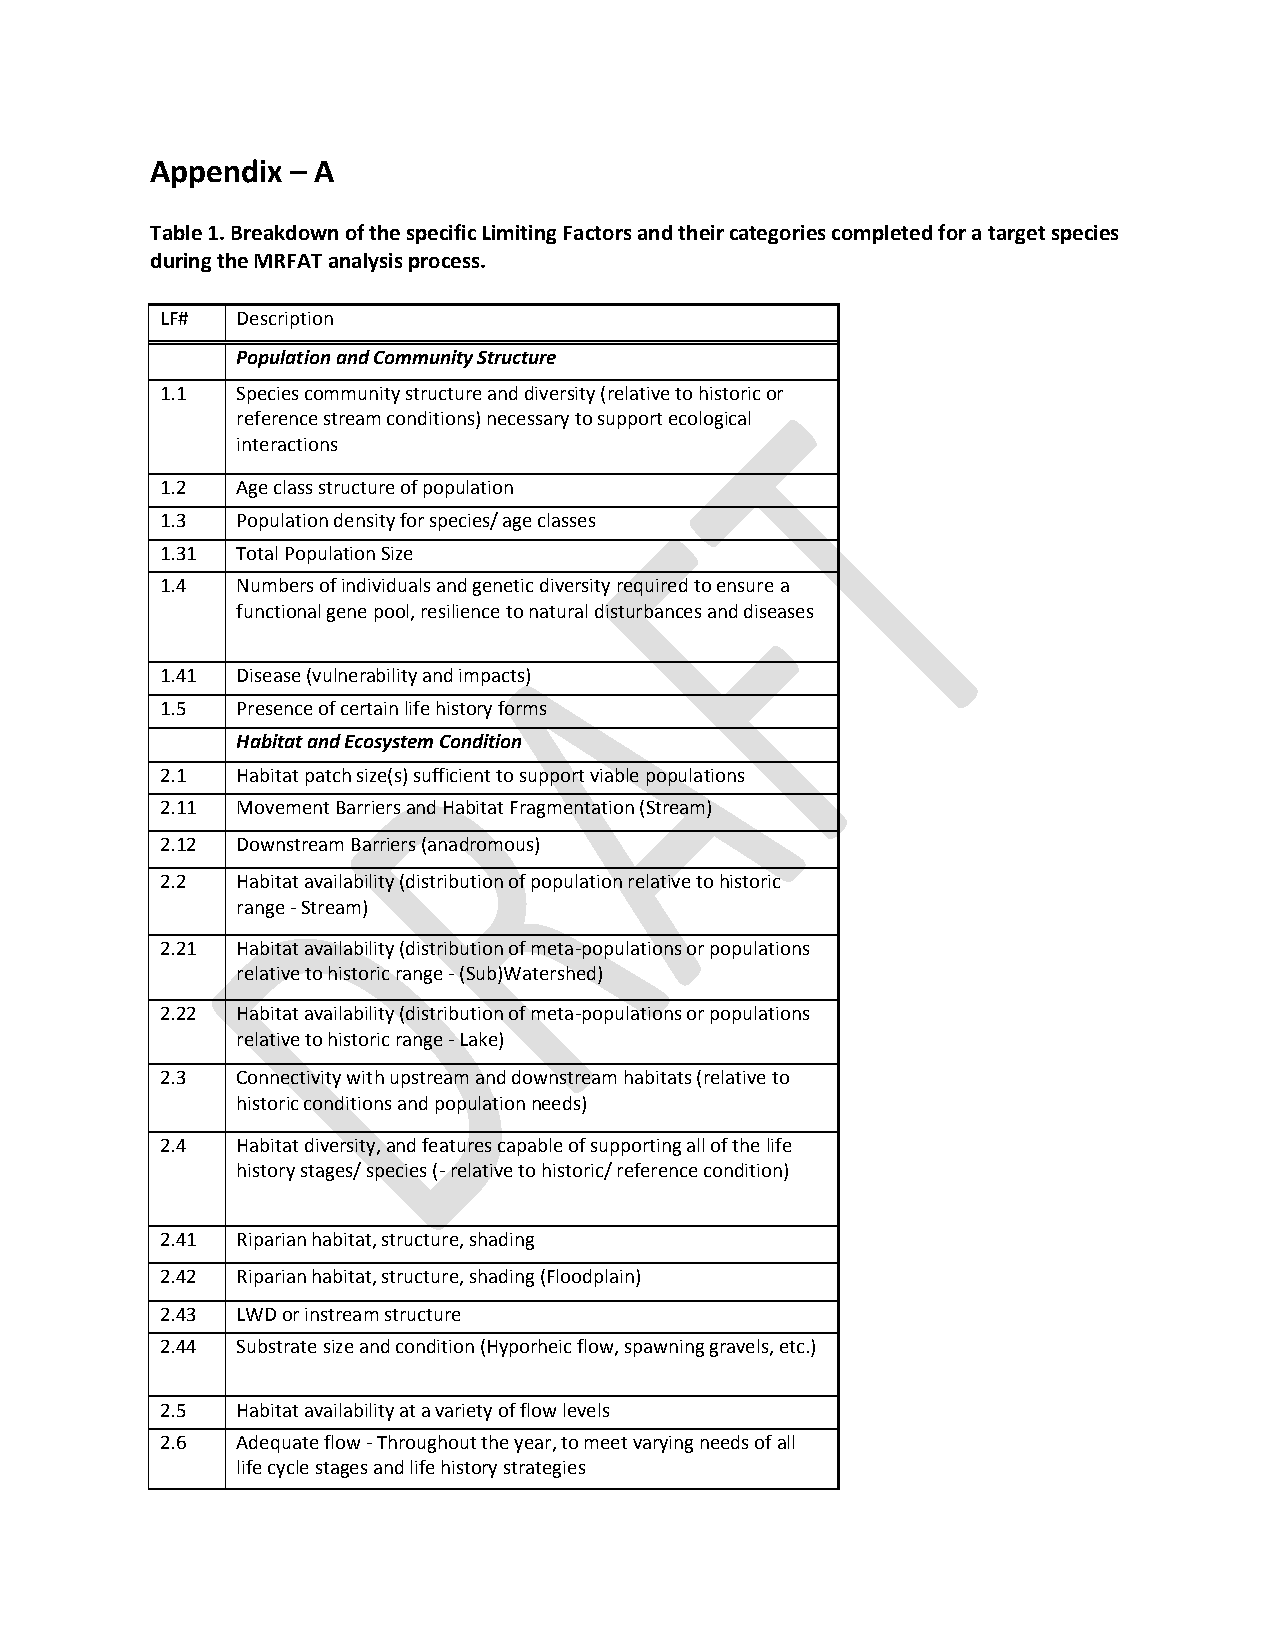
Appendix – A
 Table 1. Breakdown of the specific Limiting Factors and their categories completed for a target species
 during the MRFAT analysis process.
 LF#  Description
 Population and Community Structure
 1.1  Species community structure and diversity (relative to historic or
 reference stream conditions) necessary to support ecological
 interactions
 1.2  Age class structure of population
 1.3  Population density for species/ age classes
 1.31 Total Population Size
 1.4  Numbers of individuals and genetic diversity required to ensure a
 functional gene pool, resilience to natural disturbances and diseases
 1.41 Disease (vulnerability and impacts)
 1.5  Presence of certain life history forms
 Habitat and Ecosystem Condition
 2.1  Habitat patch size(s) sufficient to support viable populations
 2.11 Movement Barriers and Habitat Fragmentation (Stream)
 2.12 Downstream Barriers (anadromous)
 2.2  Habitat availability (distribution of population relative to historic
 range - Stream)
 2.21 Habitat availability (distribution of meta-populations or populations
 relative to historic range - (Sub)Watershed)
 2.22 Habitat availability (distribution of meta-populations or populations
 relative to historic range - Lake)
 2.3  Connectivity with upstream and downstream habitats (relative to
 historic conditions and population needs)
 2.4  Habitat diversity, and features capable of supporting all of the life
 history stages/ species (- relative to historic/ reference condition)
 2.41 Riparian habitat, structure, shading
 2.42 Riparian habitat, structure, shading (Floodplain)
 2.43 LWD or instream structure
 2.44 Substrate size and condition (Hyporheic flow, spawning gravels, etc.)
 2.5  Habitat availability at a variety of flow levels
 2.6  Adequate flow - Throughout the year, to meet varying needs of all
 life cycle stages and life history strategies